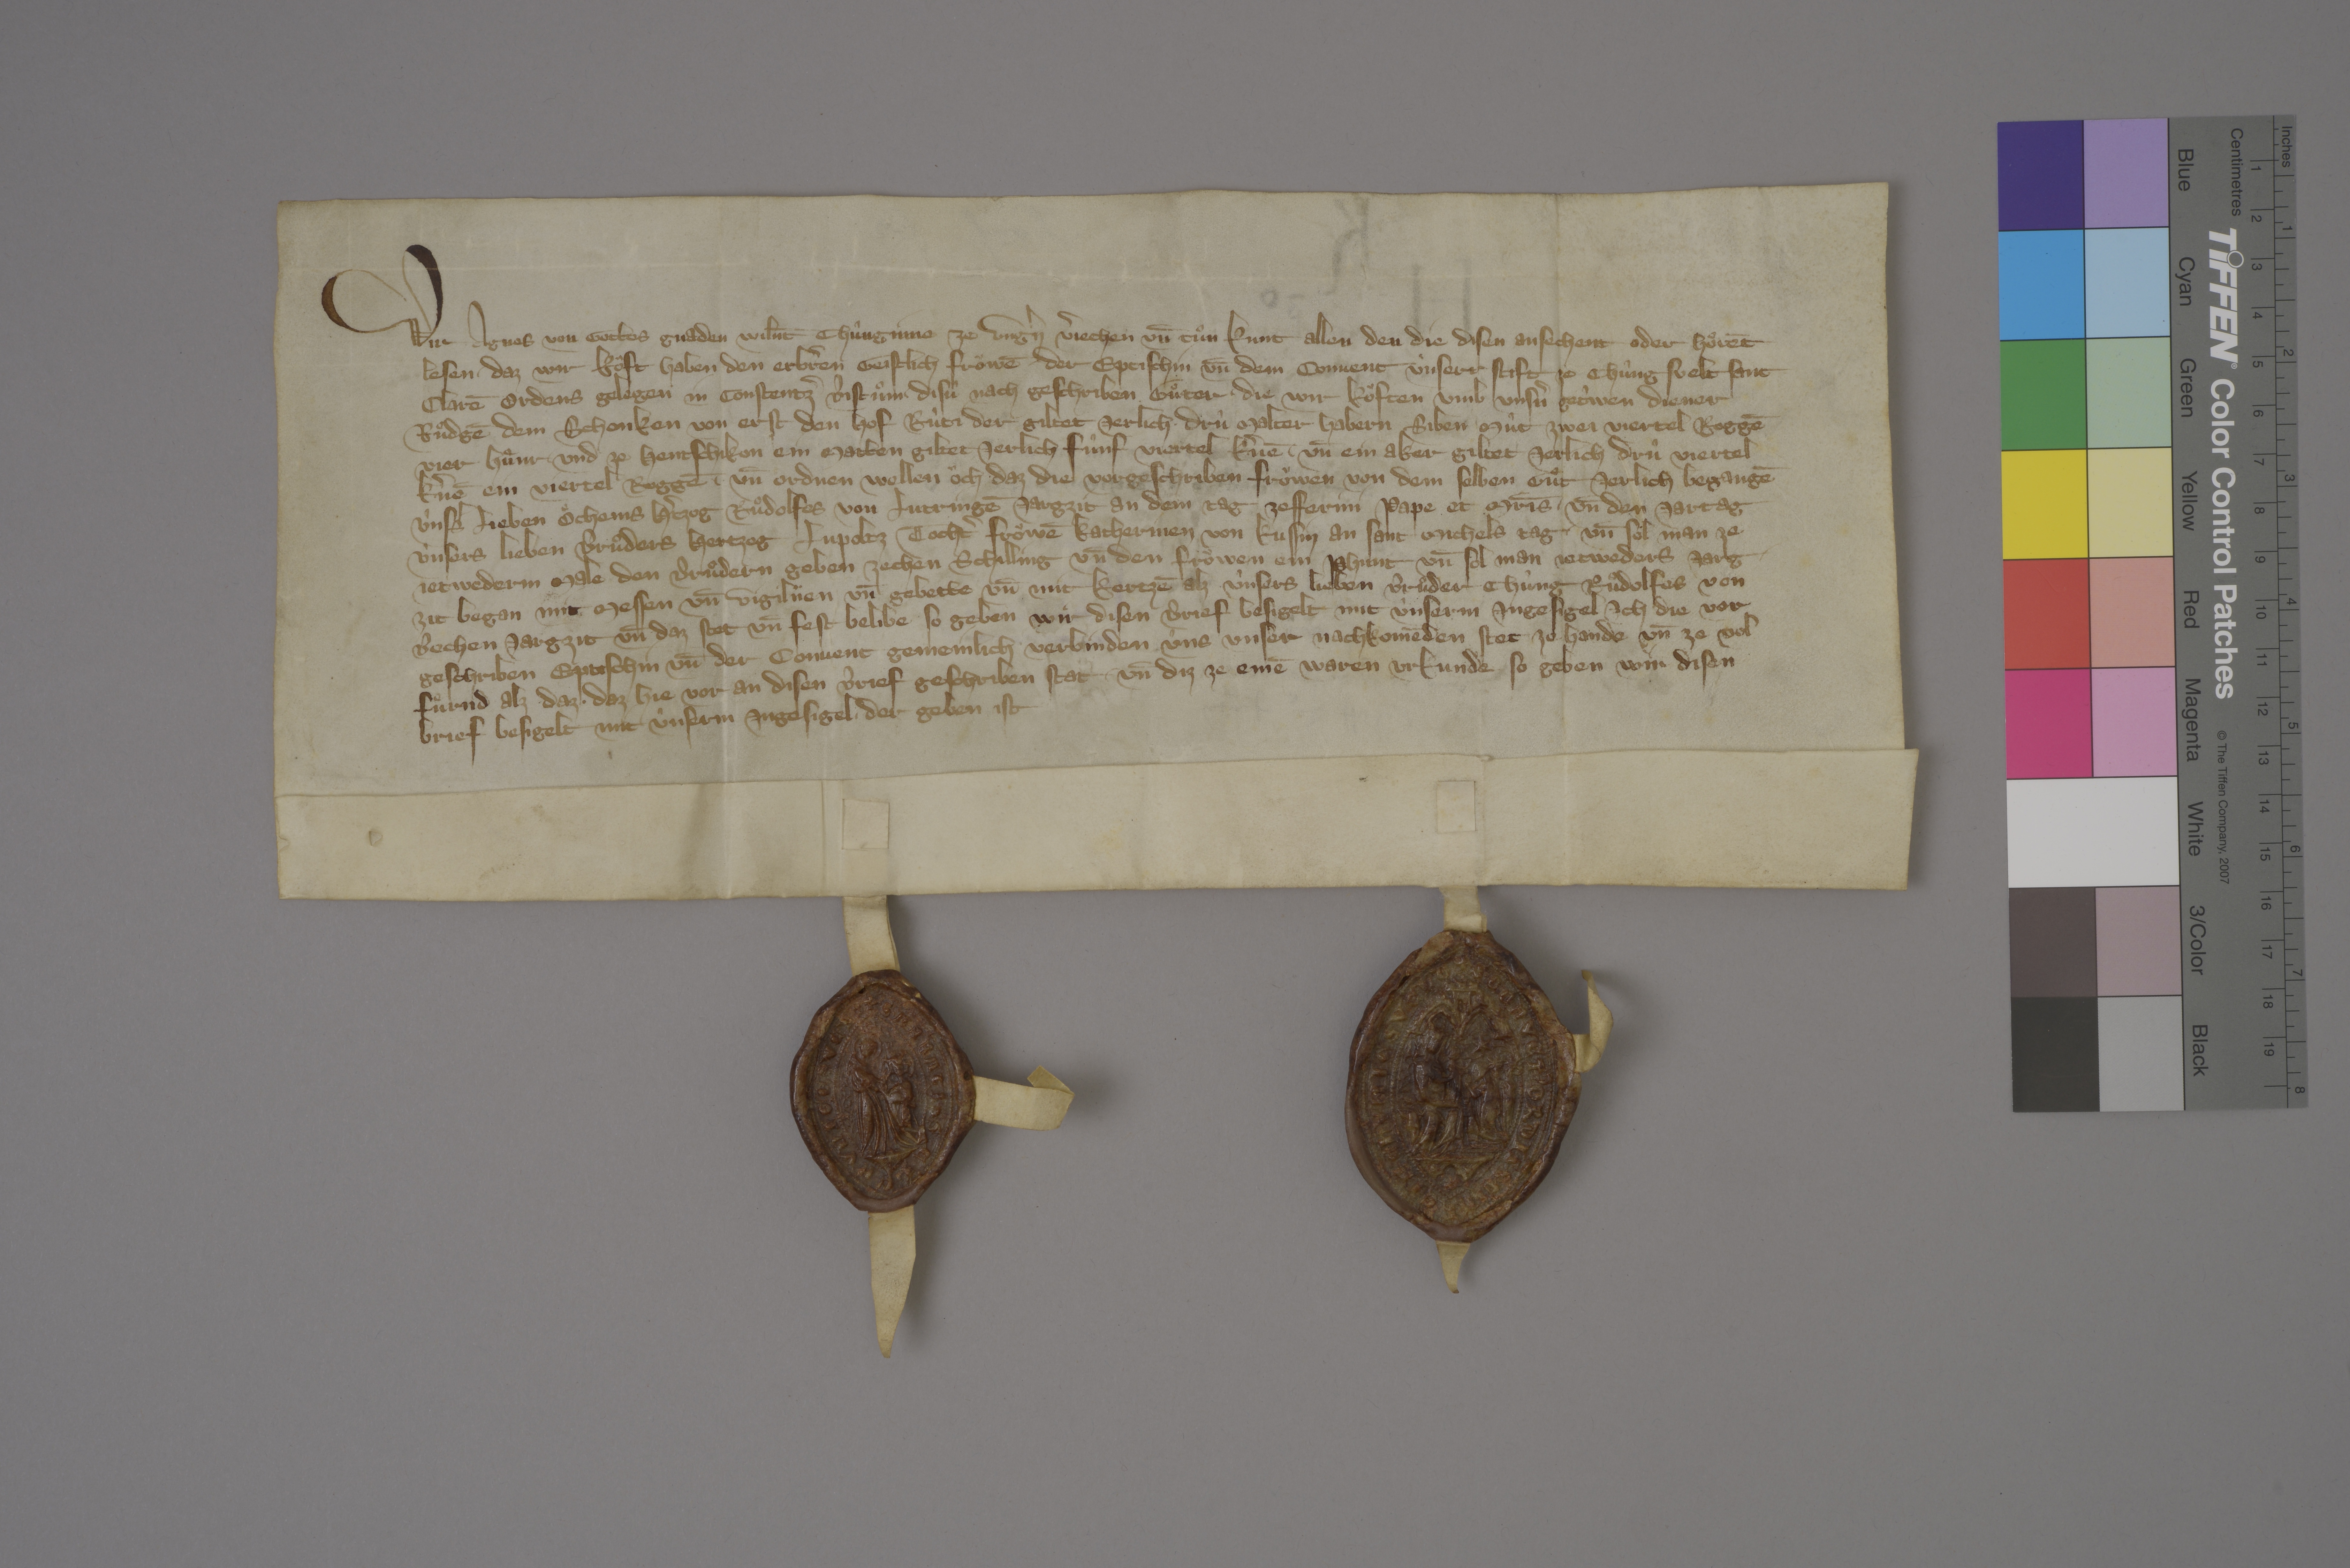
Wir, Agnes, von gottes gnaden wiln̄t chûnginne ze Ungˀn, vˀjechen un̄ tuͦn kunt allen den, die disen ansechent oder hoͤrēt
lesen, ✳ daz wir koͧft haben den erbrˀen, geistlich froͧwē, ✳ der eptischin un̄ dem convent, ùnserr stift ze Chûngsvelt, Sant
Clarē ordens, gelegen in Constentzˀ bistuͦm, disù nach geschriben guͦter, ✳ die wir koͧften umb unsˀn getˀwen diener,
Ruͦdgē dem Schenken. von erst: den hof Rùti, der giltet jerlich ✳ drù malter habern, siben mùt zwei viertel roggē,
vier huͤnr, und ze Hentschikon ein matten, giltet jerlich fûnf viertel kˀnē, un̄ ein aker, giltet jerlich drû viertel
kˀnē, ein viertel roggē. ✳ un̄ ordnen, wollen oͧch, daz die vorgeschriben froͧwen von dem selben guͦt jerlich begangē
unsˀs lieben oͤchems hˀtzog Ruͦdolfes von Lutringē jargzit an dem tag Zefferini, pape et m̄ris, ✳ un̄ den jartag
ùnsers lieben bruͦders, hertzog Lupoltz, tochtˀ, froͧwē Katherinen von Kussin, an sant Michels tag. ✳ un̄ sol man ze
jetwederm male den bruͦdern geben zechen schilling un̄ den froͧwen ein phunt. un̄ sol man jetweders jarg¬
zit began mit messen un̄ vigiliien un̄ gebette un̄ mit kertzē, alz ùnsers lieben bruͦder, chùng Ruͦdolfes von
Bechen, jargzit. un̄ daz stet un̄ fest belibe, so geben wir disen brief, besigelt mit ùnserm ingesigel. ✳ ich, die vor-
geschriben eptischin, un̄ der convent gemeinlich, ✳ verbinden ùns, unser nachkomēden stet ze hande un̄ ze vol-
fuͤrend, alz daz, ✳ daz hie vor an disen brief geschriben stat. ✳ un̄ diz ze einē waren urkunde, so geben wir disen
brief, besigelt mit ùnserm ingesigel, ✳ der geben ist